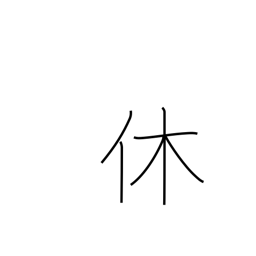
Meaning: retire